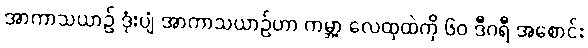
အာကာသယာဉ် ဒုံးပျံ အာကာသယာဉ်ဟာ ကမ္ဘာ့ လေထုထဲကို ၆၀ ဒီဂရီ အစောင်း